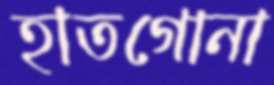
হাতগোনা